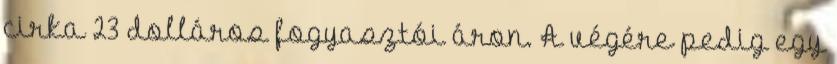
cirka 23 dolláros fogyasztói áron. A végére pedig egy